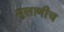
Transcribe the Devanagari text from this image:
मुलाणीच